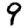
Digit: 9